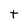
Character: t